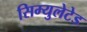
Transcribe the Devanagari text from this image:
सिम्युलेटेड